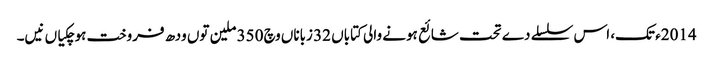
2014ء تک، اس سلسلے دے تحت شائع ہونے والی کتاباں 32 زباناں وچ 350 ملین تو‏ں ودھ فروخت ہوچکیاں نیں۔